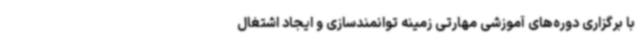
با برگزاری دوره‌های آموزشی مهارتی زمینه توانمندسازی و ایجاد اشتغال